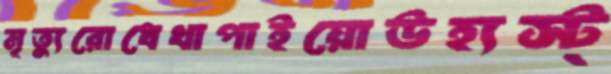
মৃত্যুরোধেখাপাইয়োঊহ্যস্ট্